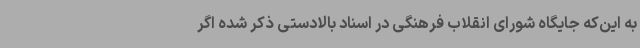
به این‌که جایگاه شورای انقلاب فرهنگی در اسناد بالادستی ذکر شده اگر